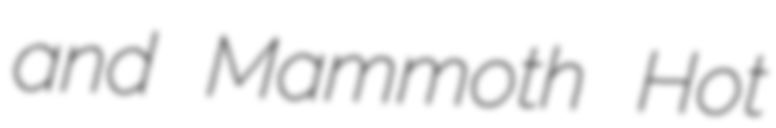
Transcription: and Mammoth Hot